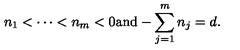
n _ { 1 } < \cdots < n _ { m } < 0 \mathrm { a n d } - \sum _ { j = 1 } ^ { m } n _ { j } = d .